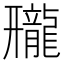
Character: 𱌿